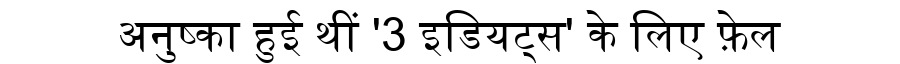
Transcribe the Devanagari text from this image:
अनुष्का हुई थीं '3 इडियट्स' के लिए फ़ेल